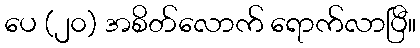
ပေ (၂၀) အစိတ်လောက် ရောက်လာပြီ။